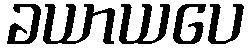
ခယာယပေ